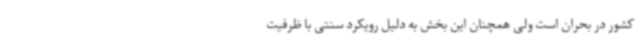
کشور در بحران است ولی همچنان این بخش به دلیل رویکرد سنتی با ظرفیت